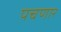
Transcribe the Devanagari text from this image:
पचणार